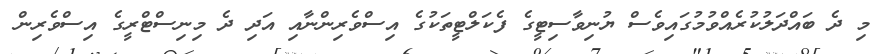
މި ދެ ބައްދަލުކުރެއްވުމުގައިވެސް ޔުނިވާސިޓީގެ ފެކަލްޓީތަކުގެ އިސްވެރިންނާއި އަދި ދެ މިނިސްޓްރީގެ އިސްވެރިން